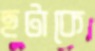
ছটাকে